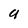
Character: U